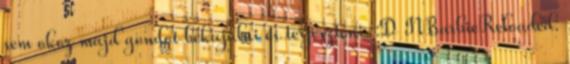
sem okoz majd gondot bekajalni es terjeszteni. :D NBarbieReloaded: